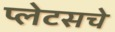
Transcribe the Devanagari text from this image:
प्लेटसचे